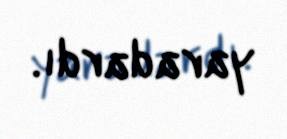
yaradardı.